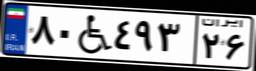
۸۰W۴۹۳۲۶